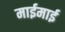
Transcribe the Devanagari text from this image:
माईमाई